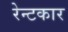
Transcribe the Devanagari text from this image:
रेन्टकार